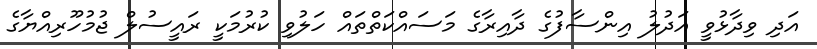
އަދި ވިދާޅުވީ އަދުލު އިންސާފުގެ ދާއިރާގެ މަސައްކަތްތައް ހަލުވި ކުރުމަކީ ރައީސުލް ޖުމުހޫރިއްޔާގެ